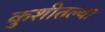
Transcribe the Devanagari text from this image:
कुशीतल्या